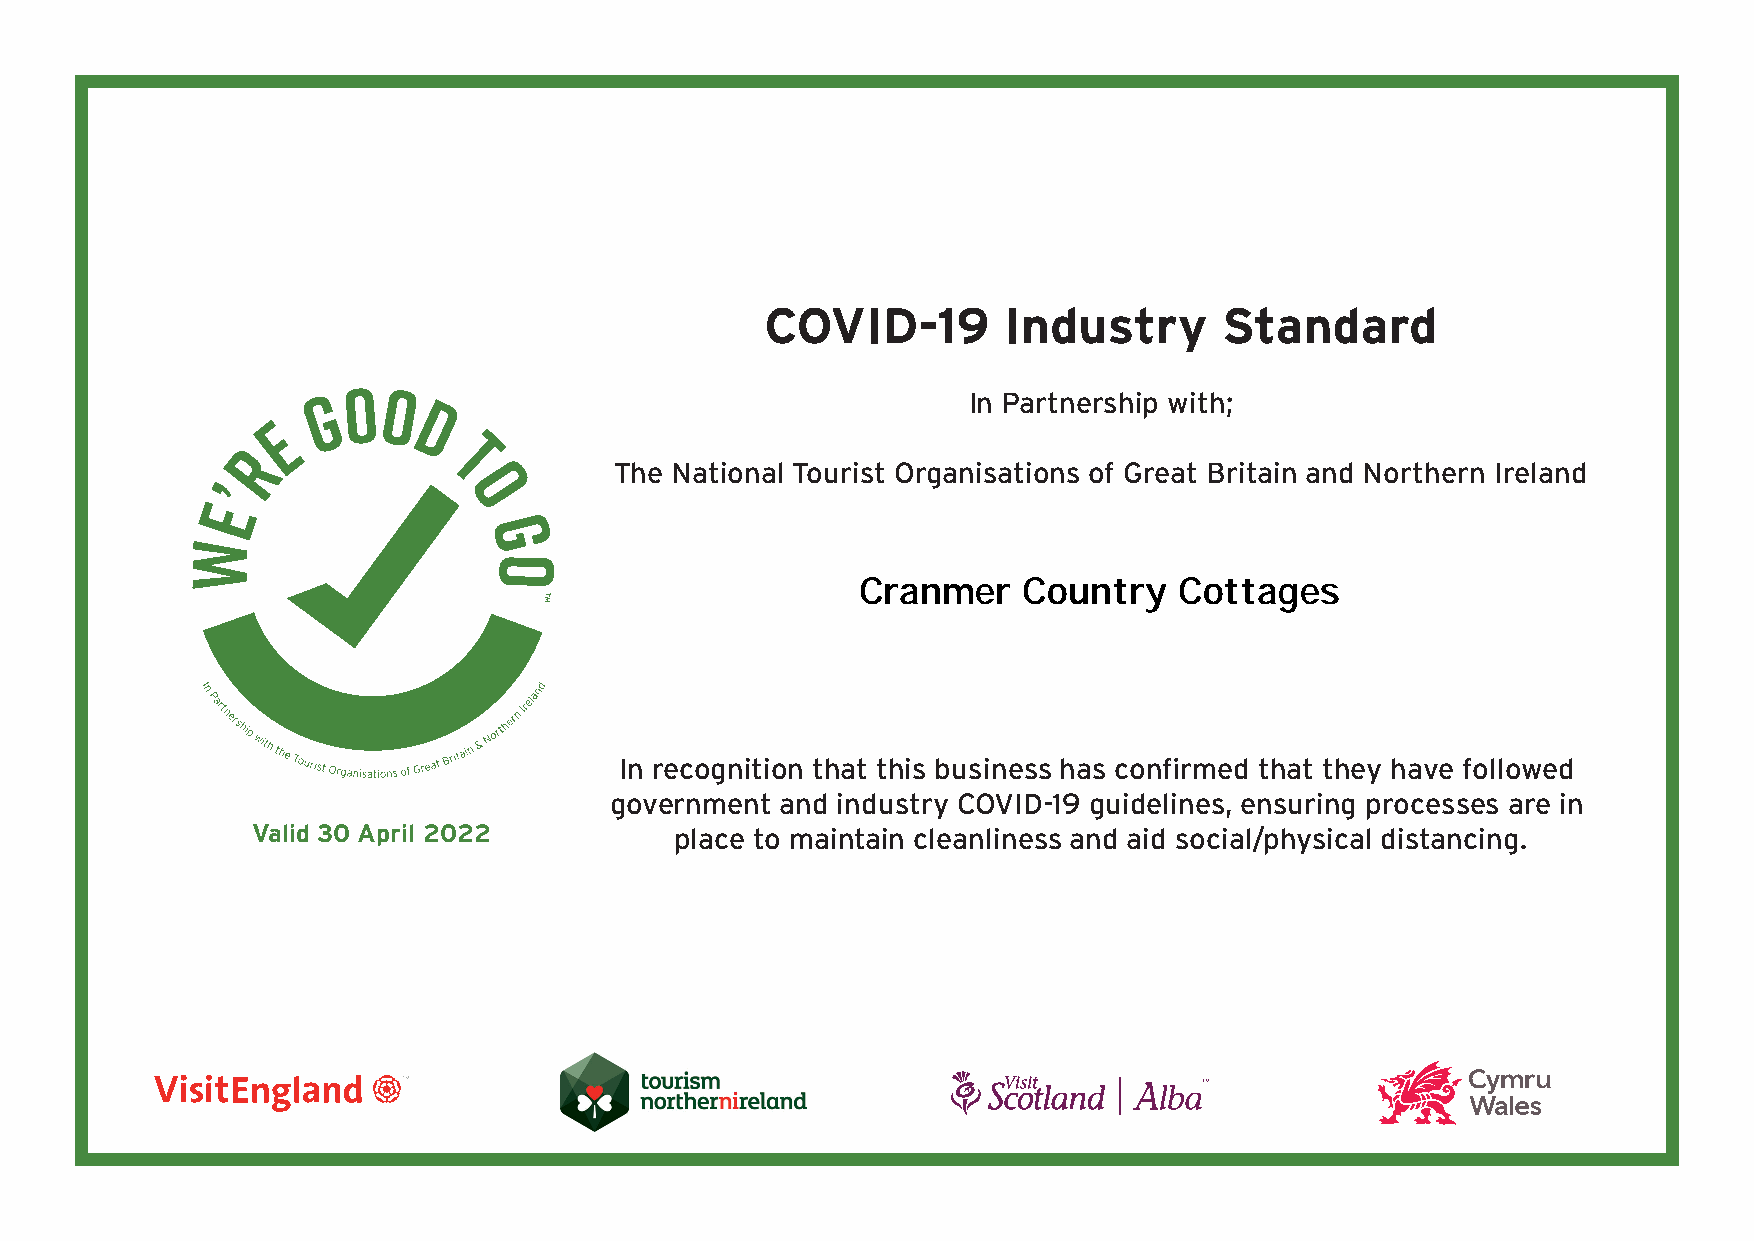
COVID-19       Industry       Standard
 In Partnership with;
 The National Tourist Organisations of Great Britain and Northern Ireland
 Cranmer    Country   Cottages
 In recognition that this business has confirmed that they have followed
 government  and industry COVID-19 guidelines, ensuring processes are in
 Valid 30 April 2022         place to maintain cleanliness and aid social/physical distancing.